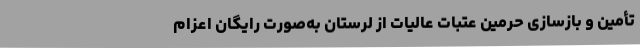
تأمین و بازسازی حرمین عتبات عالیات از لرستان به‌صورت رایگان اعزام